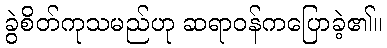
ခွဲစိတ်ကုသမည်ဟု ဆရာဝန်ကပြောခဲ့၏။